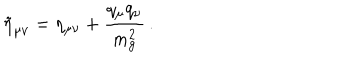
\tilde { \eta } _ { \mu \nu } = \eta _ { \mu \nu } + \frac { q _ { \mu } q _ { \nu } } { m _ { g } ^ { 2 } } \, .